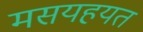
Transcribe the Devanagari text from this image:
मसयहयत